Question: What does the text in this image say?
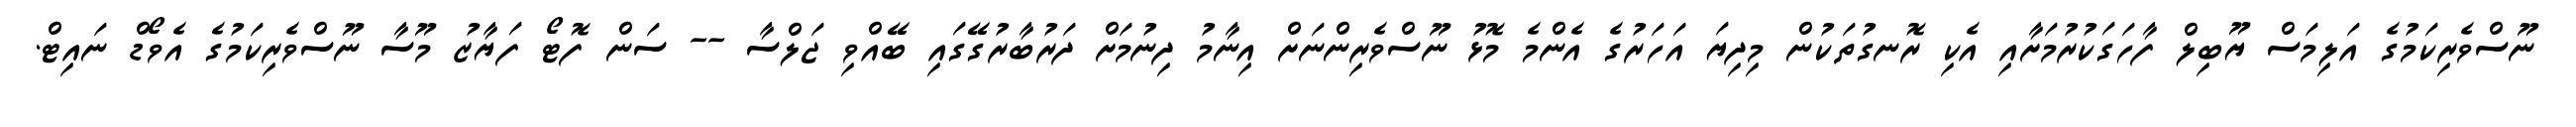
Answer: ނޫސްވެރިކަމުގެ އަލިމަސް ޔޫބިލް ފާހަގަކުރުމަށާއި އެކި ރޮނގުތަކުން މިދިޔަ އަހަރުގެ އެންމެ މޮޅު ނޫސްވެރިންނަށް އިނާމު ދިނުމަށް ދަރުބާރުގޭގައި ބޭއްވި ޖަލްސާ -- ސަން ފޮޓޯ ފަޔާޒު މޫސާ ނޫސްވެރިކަމުގެ އެވޯޑް ނައިޓް.